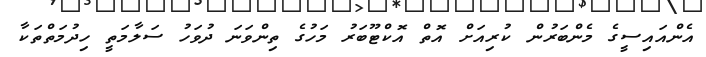
އެންއައިސީގެ މެންބަރުން ކުރިއަށް އޮތް އޮކްޓޫބަރު މަހުގެ ތިންވަނަ ދުވަހު ސަލާމަތީ ހިދުމަތްތަކާ